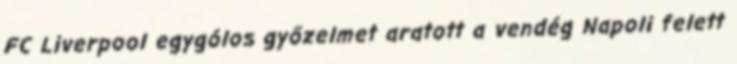
FC Liverpool egygólos győzelmet aratott a vendég Napoli felett